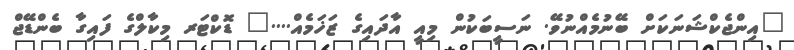
"އިންޖެކްޝަނަކަށް ބޭނުމެއްނުވޭ. ނަސީބަކުން މިއީ އާދައިގެ ޒަޚަމެއް...." ޑޮކްޓަރ މިކާލްގެ ފައިގާ ބެންޑޭޖް